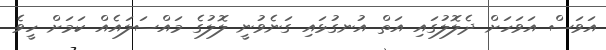
އަވަސް އަވަހަށް ދެލޮލުގައި އަތް އުނގުޅައި ގަނެވުނީ ލޮލުގެ މައްސަލައެއް ކަމަށް ހީވެ